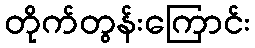
တိုက်တွန်းကြောင်း